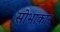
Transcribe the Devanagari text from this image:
सोभाकार